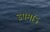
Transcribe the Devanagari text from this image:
उपमाऽ